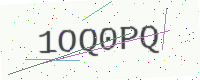
Text: 1OQ0PQ